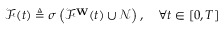
{ \mathcal { F } } ( t ) \triangleq \sigma \left( { \mathcal { F } } ^ { \mathbf { W } } ( t ) \cup { \mathcal { N } } \right) , \quad \forall t \in [ 0 , T ]